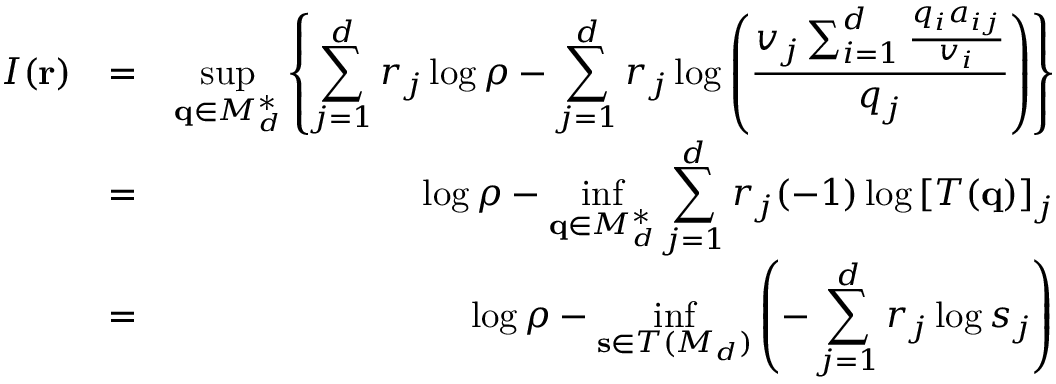
\begin{array} { r l r } { I ( \mathbf { r } ) } & { = } & { \displaystyle \operatorname* { s u p } _ { \mathbf { q } \in M _ { d } ^ { * } } \left\{ \sum _ { j = 1 } ^ { d } r _ { j } \log \rho - \displaystyle \sum _ { j = 1 } ^ { d } r _ { j } \log \left( \frac { v _ { j } \sum _ { i = 1 } ^ { d } \frac { q _ { i } a _ { i j } } { v _ { i } } } { q _ { j } } \right) \right\} } \\ & { = } & { \log \rho - \displaystyle \operatorname* { i n f } _ { \mathbf { q } \in M _ { d } ^ { * } } \sum _ { j = 1 } ^ { d } r _ { j } ( - 1 ) \log \left[ T ( \mathbf { q } ) \right] _ { j } } \\ & { = } & { \log \rho - \displaystyle \operatorname* { i n f } _ { \mathbf { s } \in T ( M _ { d } ) } \left( - \sum _ { j = 1 } ^ { d } r _ { j } \log s _ { j } \right) } \end{array}